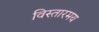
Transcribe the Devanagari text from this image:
विस्तारमय